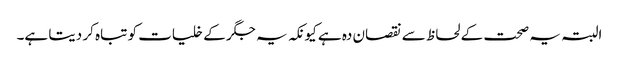
البتہ یہ صحت کے لحاظ سے نقصان دہ ہے کیونکہ یہ جگر کے خلیات کو تباہ کر دیتا ہے۔